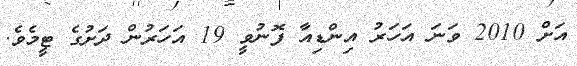
އަށް 2010 ވަނަ އަހަރު އިންޑިއާ ފޮނުވީ 19 އަހަރުން ދަށުގެ ޓީމެވެ.